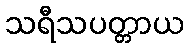
သရီသပတ္တာယ